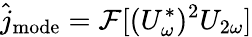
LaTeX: \hat{j}_{\mathrm{mode}}=\mathcal{F}[(U_{\omega}^{*})^{2}U_{2\omega}]